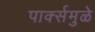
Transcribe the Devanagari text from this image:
पार्क्समुळे